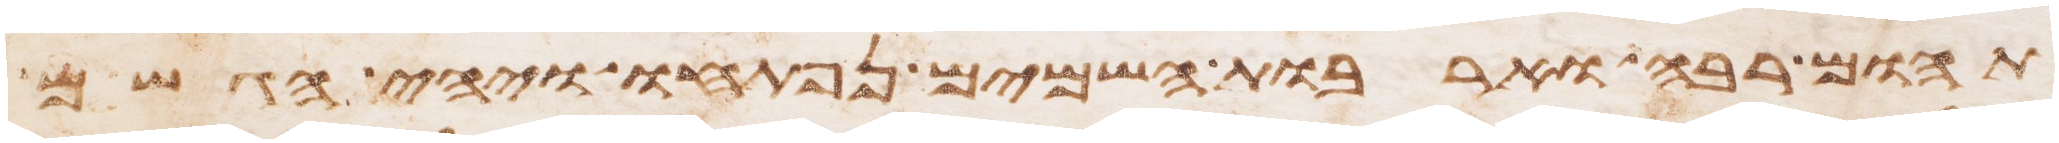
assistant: תהום רבה וארבות השמים נפתחו ויהי הגשם